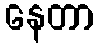
နေတာ